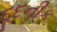
દૂદનીક